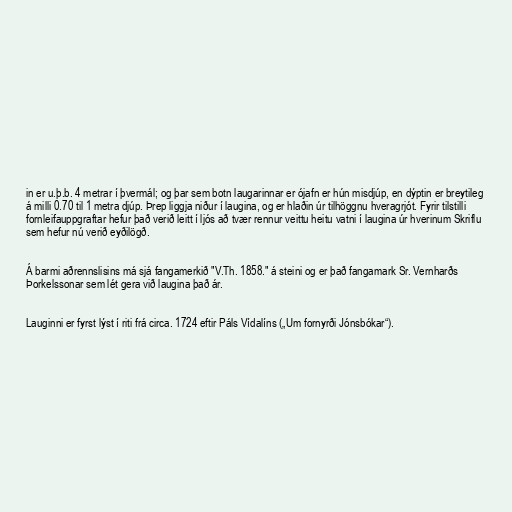
in er u.þ.b. 4 metrar í þvermál; og þar sem botn laugarinnar er ójafn er hún misdjúp, en dýptin er breytileg
á milli 0.70 til 1 metra djúp. Þrep liggja niður í laugina, og er hlaðin úr tilhöggnu hveragrjót. Fyrir tilstilli
fornleifauppgraftar hefur það verið leitt í ljós að tvær rennur veittu heitu vatni í laugina úr hverinum Skriflu
sem hefur nú verið eyðilögð.

Á barmi aðrennslisins má sjá fangamerkið "V.Th. 1858." á steini og er það fangamark Sr. Vernharðs
Þorkelssonar sem lét gera við laugina það ár.

Lauginni er fyrst lýst í riti frá circa. 1724 eftir Páls Vídalíns („Um fornyrði Jónsbókar“).